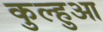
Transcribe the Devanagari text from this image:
कुल्हुआ